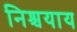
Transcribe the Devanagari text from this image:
निश्चयाय